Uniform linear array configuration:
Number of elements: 16
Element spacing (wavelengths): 0.25
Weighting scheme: hann
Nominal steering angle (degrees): -30
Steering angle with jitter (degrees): -29.667
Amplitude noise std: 0.05
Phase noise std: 0.05

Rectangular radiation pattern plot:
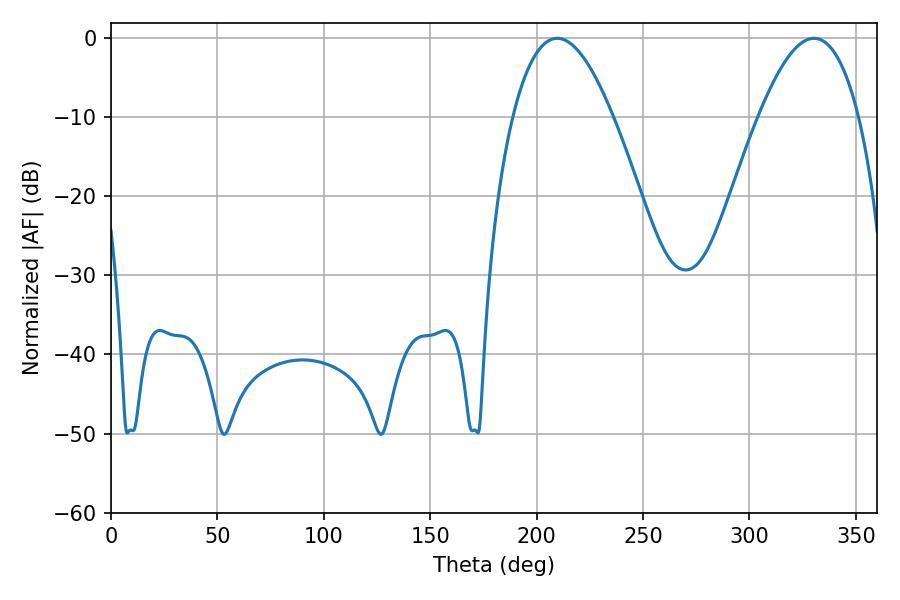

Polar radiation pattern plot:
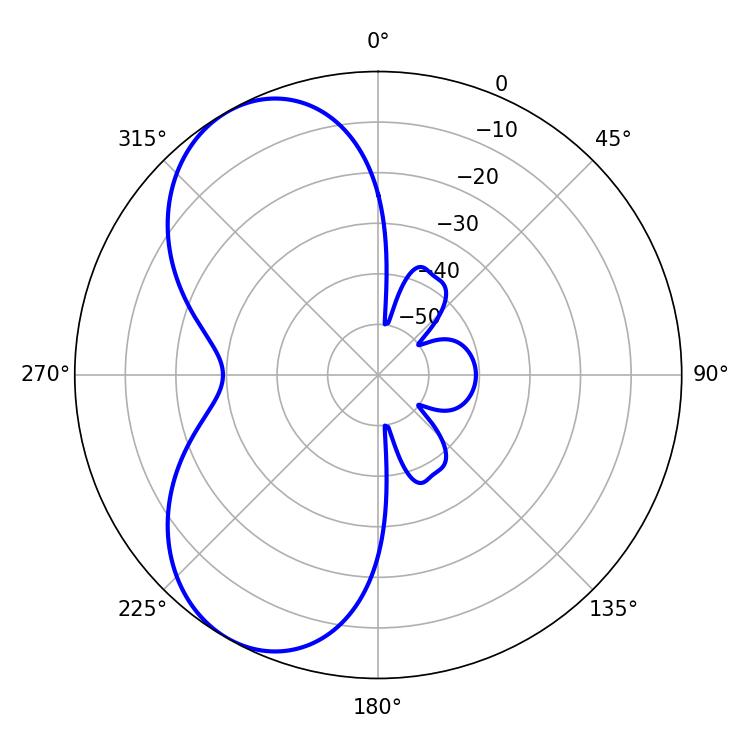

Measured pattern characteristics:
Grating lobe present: FALSE
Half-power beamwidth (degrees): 25.74
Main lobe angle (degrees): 209.7